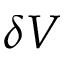
\delta V